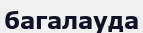
багалауда